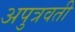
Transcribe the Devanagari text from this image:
अपुत्रवती